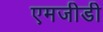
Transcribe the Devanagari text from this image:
एमजीडी